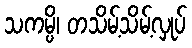
သကမ္ပိ၊ တသိမ့်သိမ့်လှုပ်